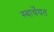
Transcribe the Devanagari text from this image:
स्वार्थेयत